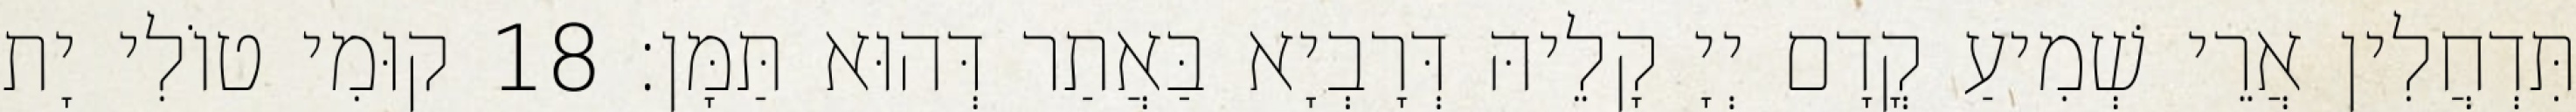
תִּדְחֲלִין אֲרֵי שְׁמִיעַ קֳדָם יְיָ קָלֵיהּ דְּרָבְיָא בַּאֲתַר דְּהוּא תַּמָּן׃ 18 קוּמִי טוֹלִי יָת